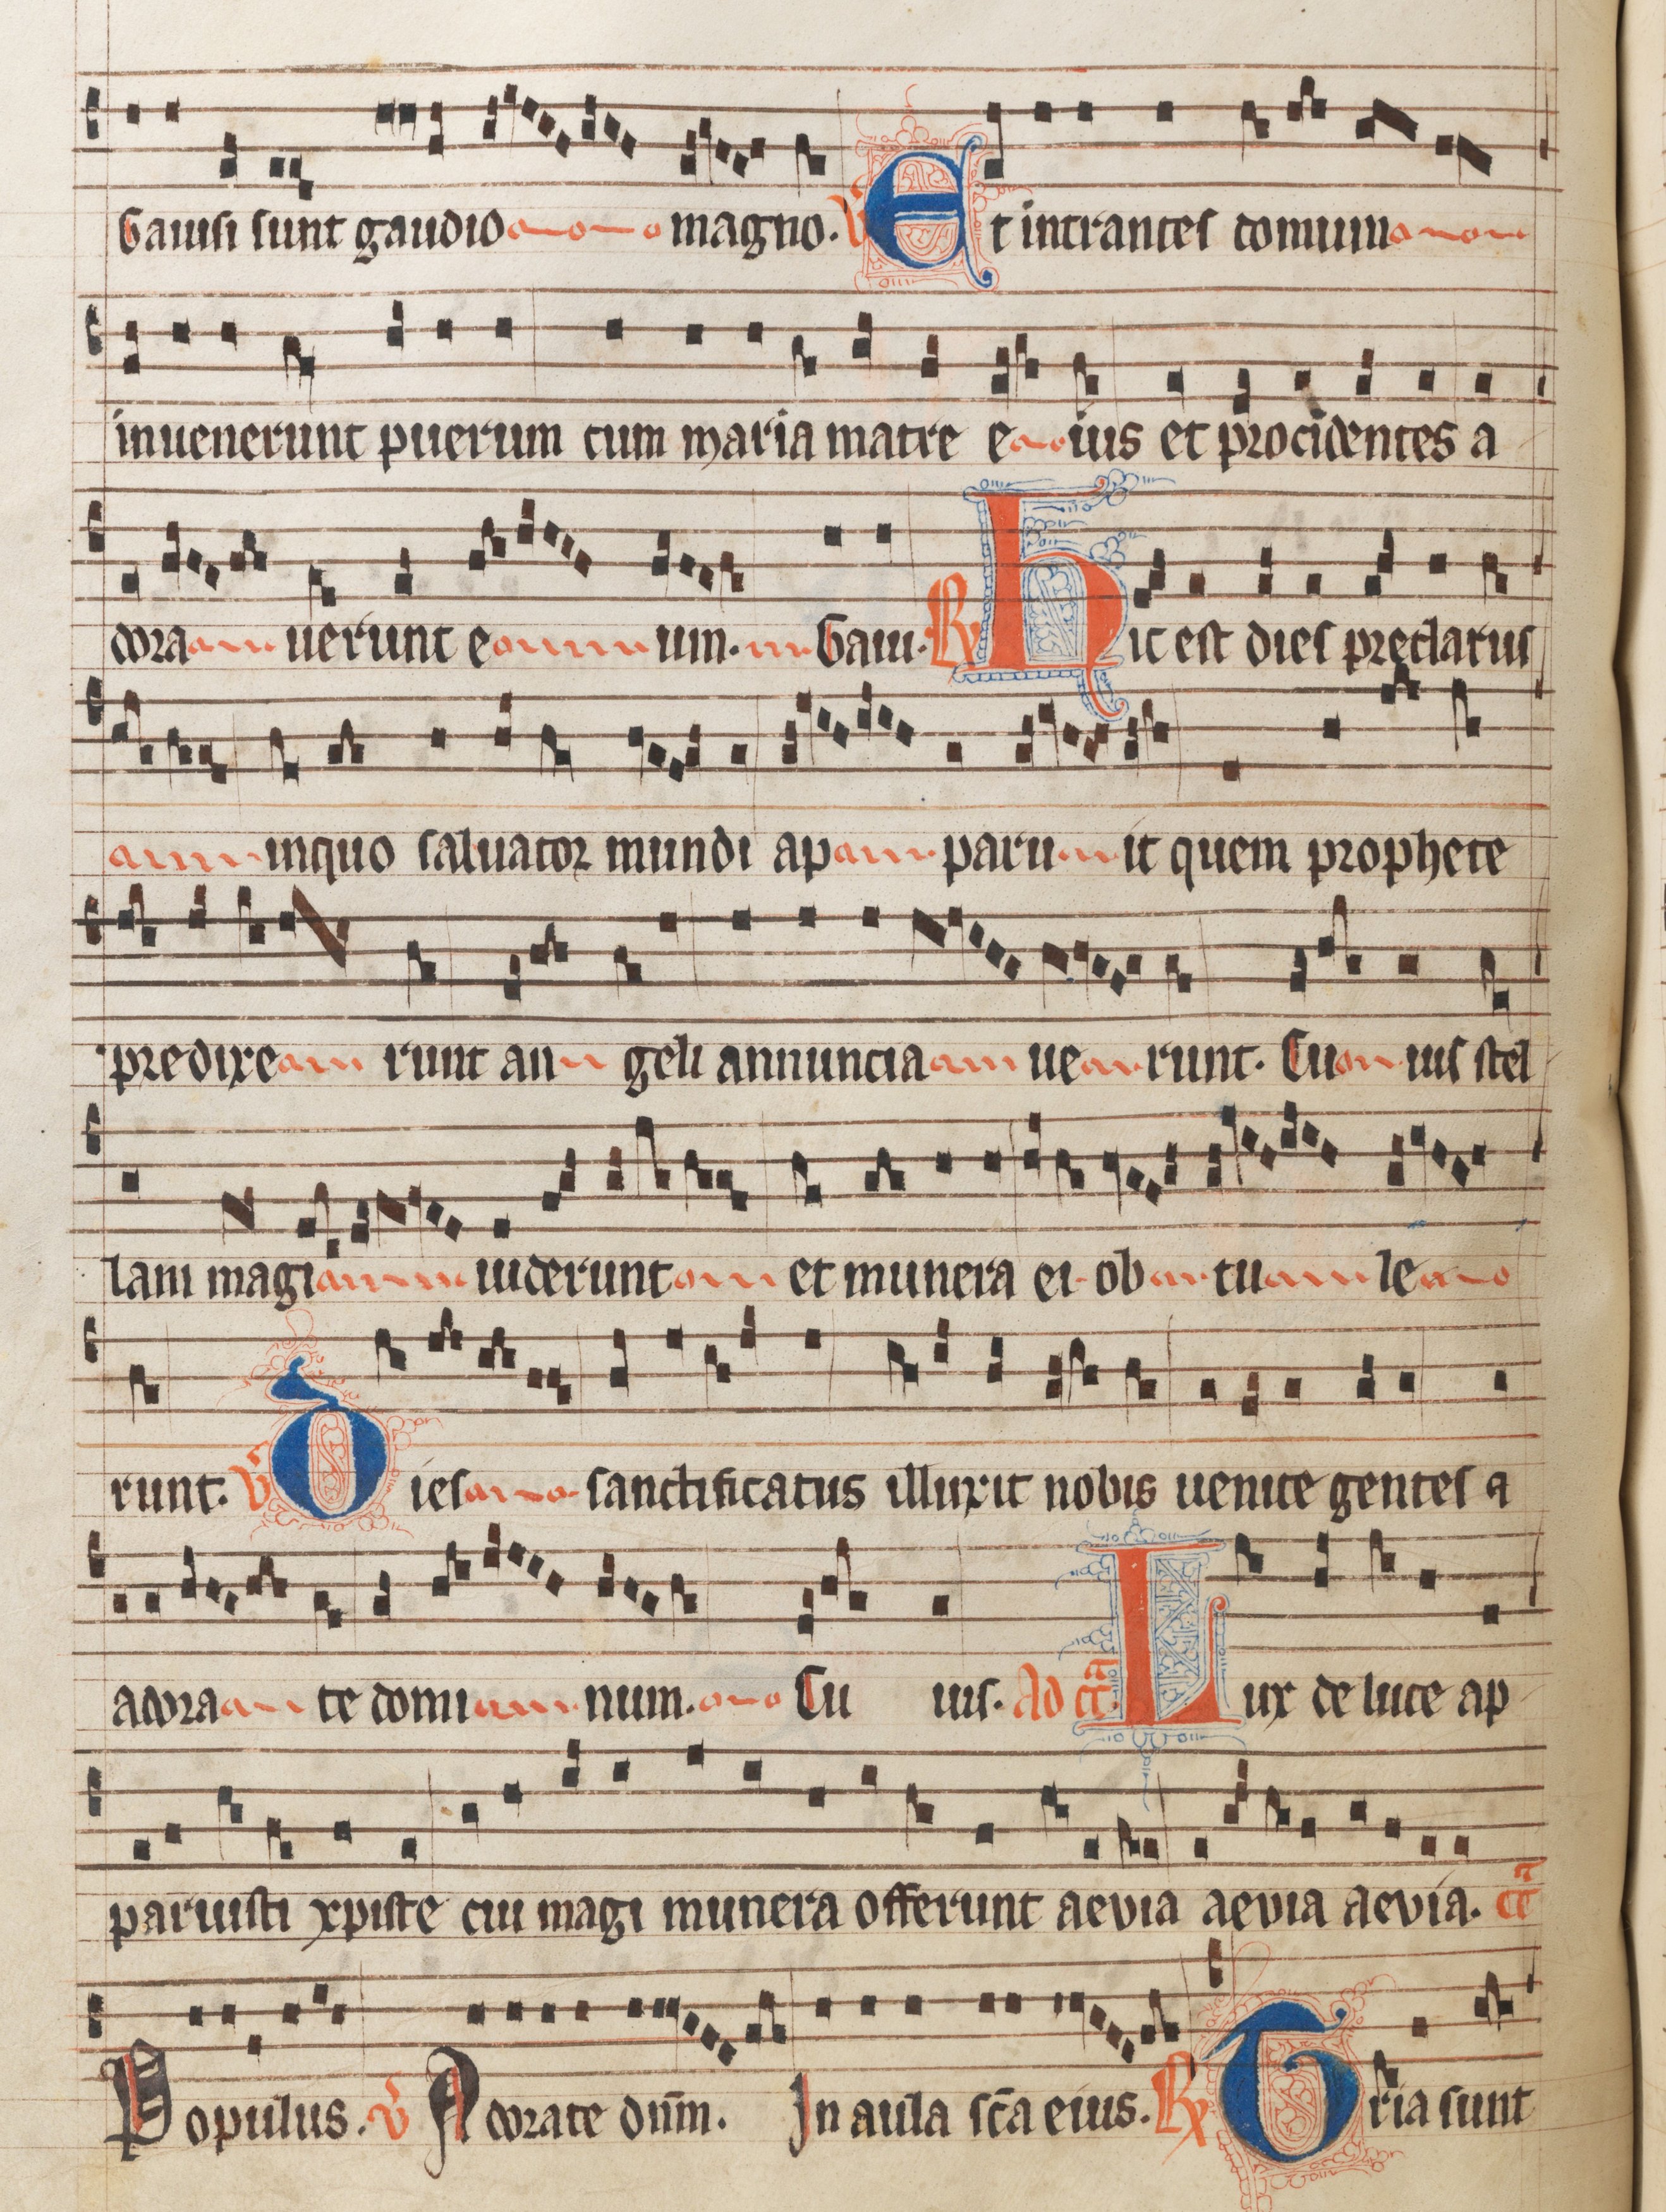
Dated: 1300–1349